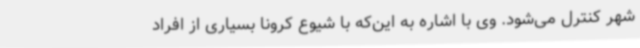
شهر کنترل می‌شود. وی با اشاره به این‌که با شیوع کرونا بسیاری از افراد